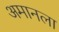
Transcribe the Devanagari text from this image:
अमानला